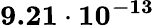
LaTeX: \mathbf{9.21\cdot 10^{-13}}